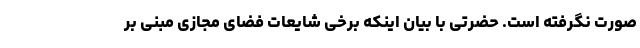
صورت نگرفته است. حضرتی با بیان اینکه برخی شایعات فضای مجازی مبنی بر